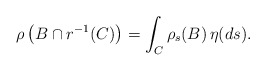
\begin{align*}\rho\left(B \cap r^{-1}(C) \right) = \int_{C} \rho_{s}(B)\, \eta(ds).\end{align*}